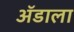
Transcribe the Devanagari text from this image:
ॲडाला